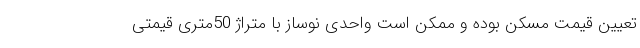
تعیین قیمت مسکن بوده و ممکن است واحدی نوساز با متراژ 50متری قیمتی